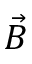
\vec { B }